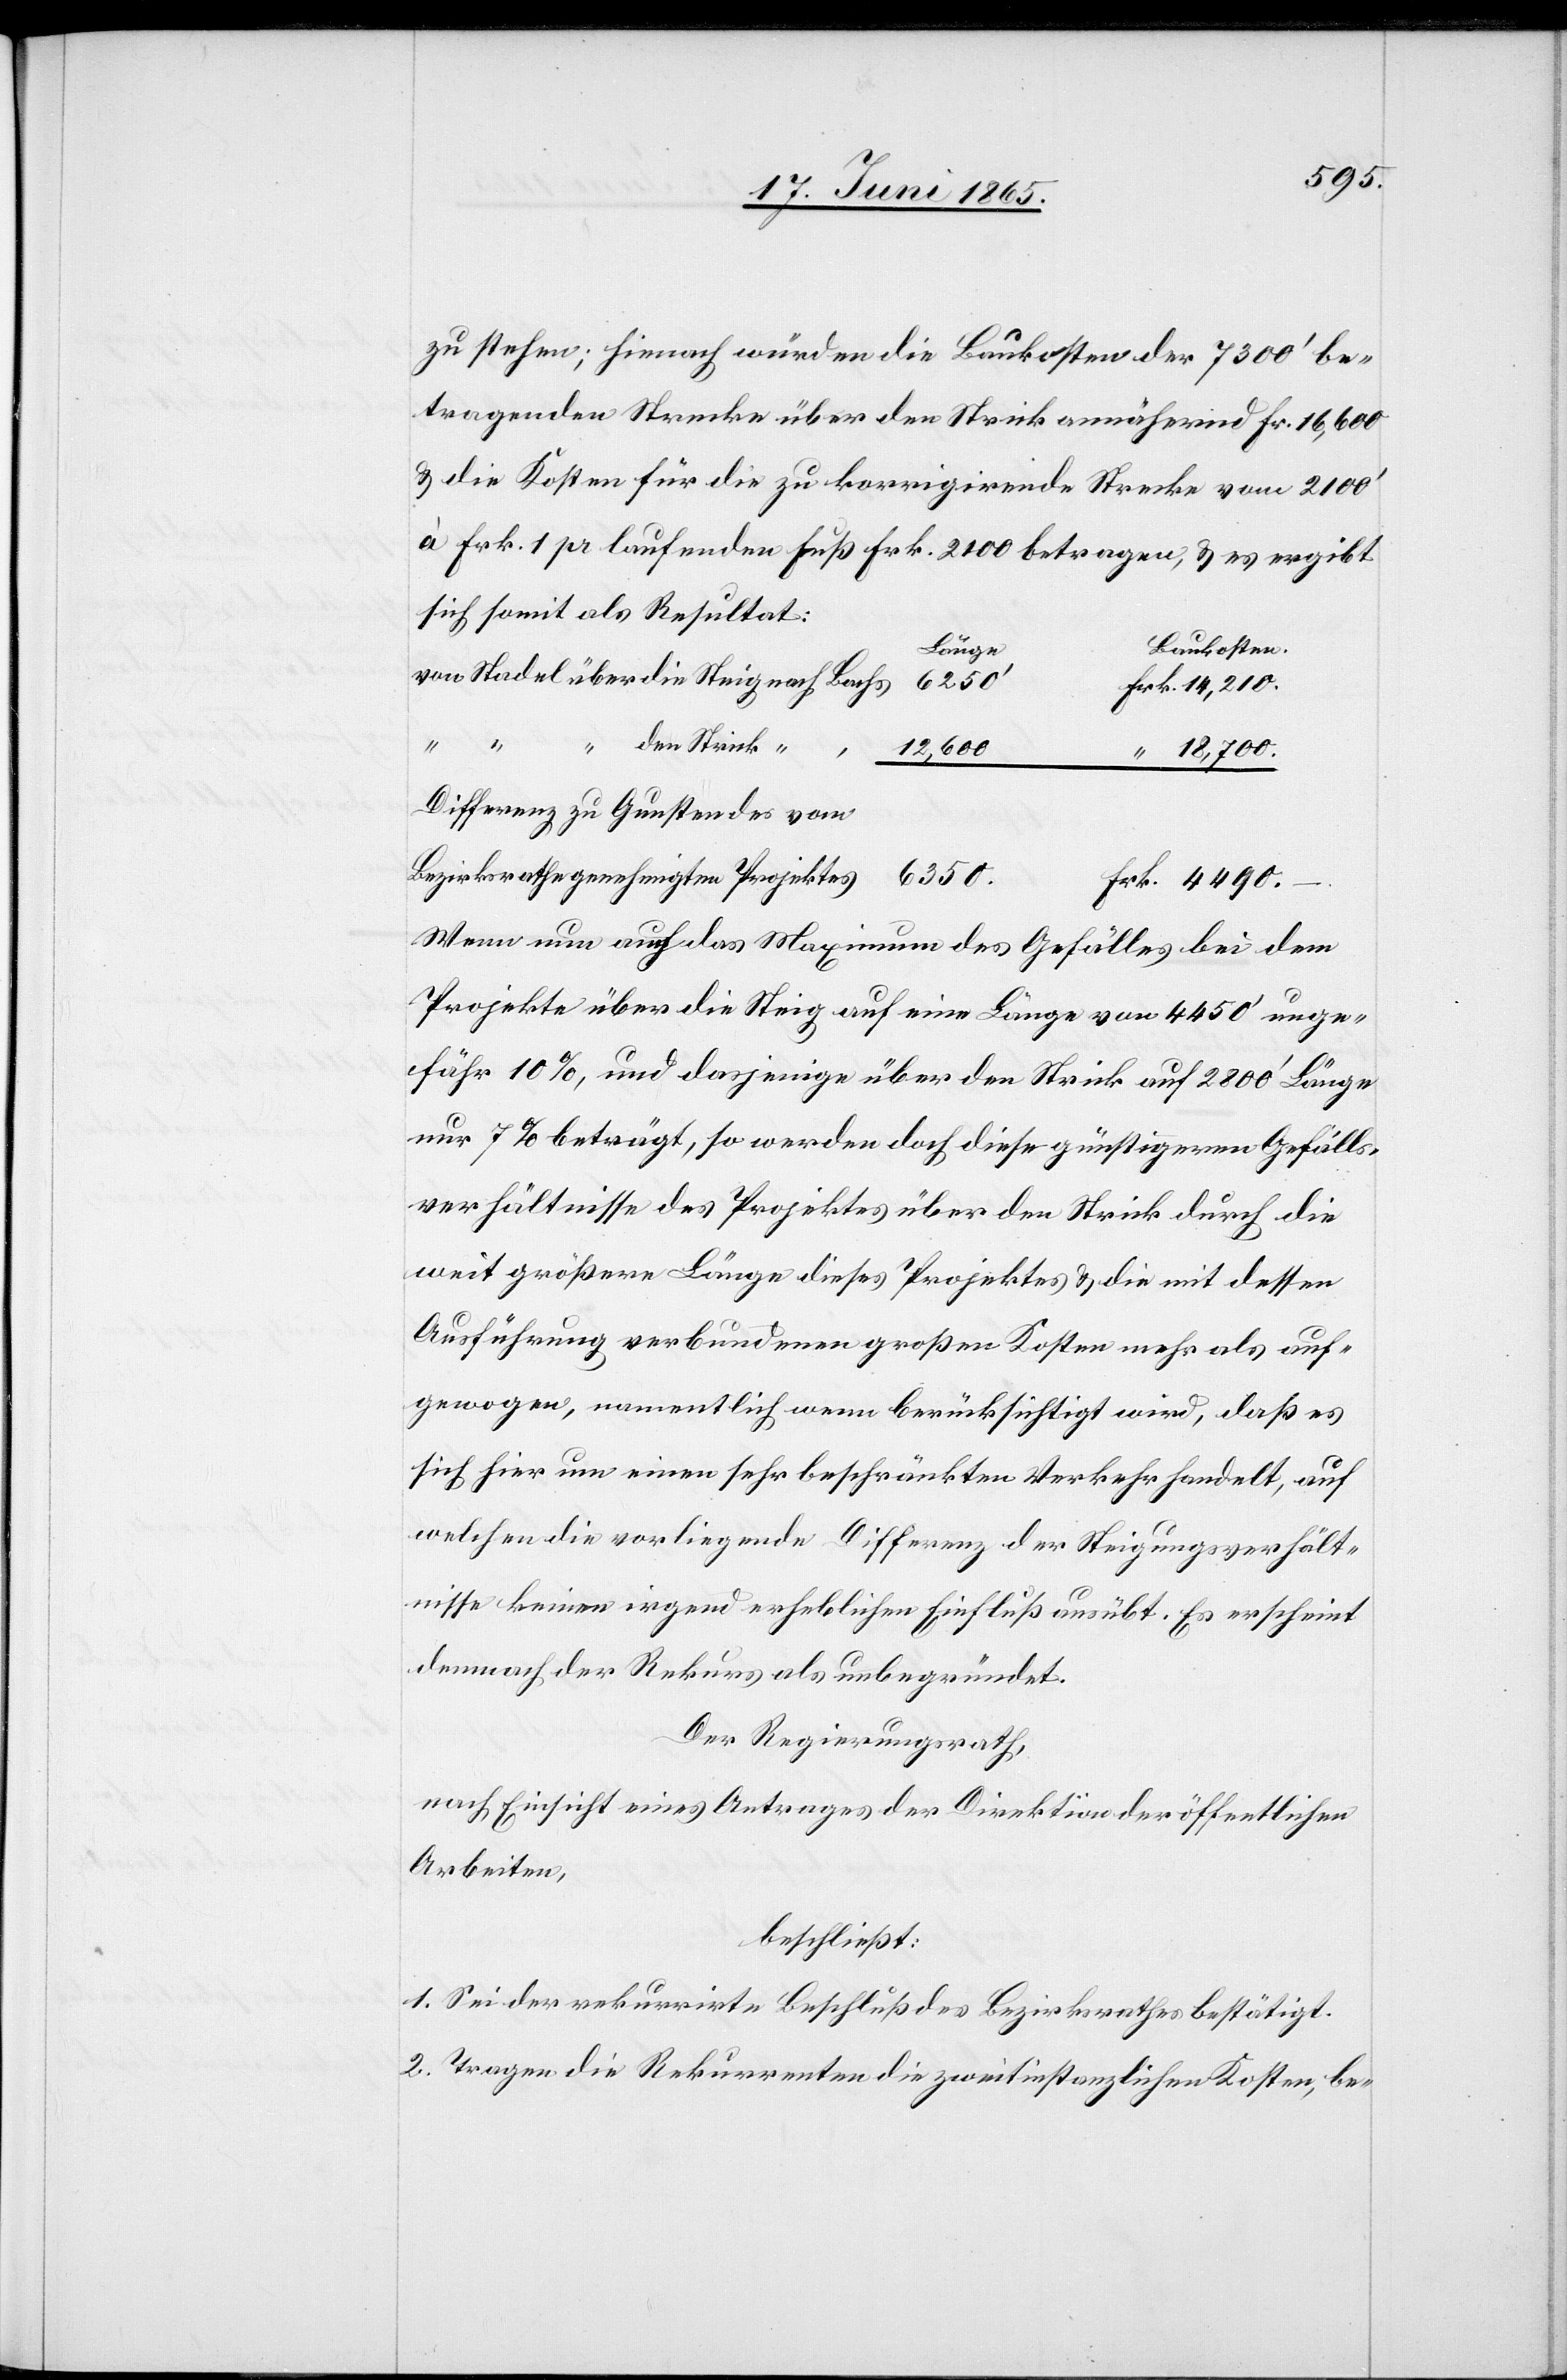
zu stehen; hienach würden die Baukosten der 7300’ be¬
tragenden Strecke über den Strick annähernd Fr. 16,600
& die Kosten für die zu korrigirende Strecke vom 2100’
à Frk. 1 per laufenden Fuß Frk. 2100 betragen, & es ergibt
sich somit als Resultat:
Baukosten
Länge
von Stadel über die Steig nach Bachs
4490.
“ den Strick “
“
18,700.
Differenz zu Gunsten des vom
Bezirksrathe genehmigten Projektes
Wenn nun auch das Maximum des Gefälles bei dem
Projekte über die Steig auf eine Länge von 4450’ unge¬
fähr 10 %, und dasjenige über den Strick auf 2800’ Länge
nur 7 % beträgt, so werden doch diese günstigeren Gefälls¬
verhältnisse des Projektes über den Strick durch die
weit größere Länge dieses Projektes & die mit dessen
Ausführung verbundenen großen Kosten mehr als auf¬
gewogen, namentlich wenn berücksichtigt wird, daß es
sich hier um einen sehr beschränkten Verkehr handelt, auf
welchen die vorliegende Differenz der Steigungsverhält¬
nisse keinen irgend erheblichen Einfluß ausübt. Es erscheint
demnach der Rekurs als unbegründet.
Der Regierungsrath,
nach Einsicht eines Antrages der Direktion der öffentlichen
Arbeiten,
beschließt:
1. Sei der rekurrirte Beschluß des Bezirksrathes bestätigt.
2. Tragen die Rekurrenten die zweitinstanzlichen Kosten, be-